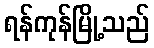
ရန်ကုန်မြို့သည်